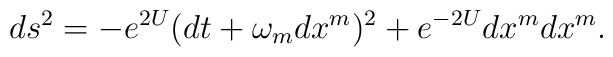
ds^2 = - e^{2U} (dt + \omega_m dx^m)^2 + e^{-2 U} dx^m dx^m.